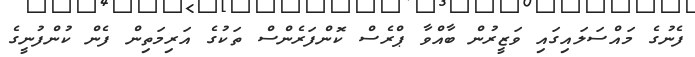
ފެނުގެ މައްސަލައިގައި ވަޒީރުން ބާއްވާ ޕްރެސް ކޮންފަރެންސް ތަކުގެ އަރިމަތިން ފެން ކުންފުނީގެ